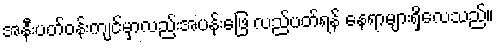
အနီးပတ်ဝန်းကျင်မှာလည်းအပန်းဖြေ လည်ပတ်ရန် နေရာများရှိလေသည်။